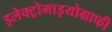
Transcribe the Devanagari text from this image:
इलेक्ट्रोमाइयोग्राफी